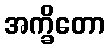
အက္ခိတော